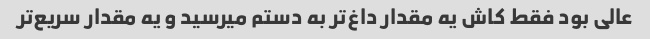
عالی بود فقط کاش یه مقدار داغ‌تر به دستم میرسید و یه مقدار سریع‌تر